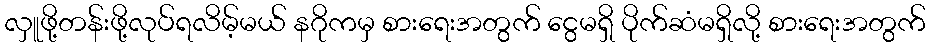
လှူဖို့တန်းဖို့လုပ်ရလိမ့်မယ် နဂိုကမှ စားရေးအတွက် ငွေမရှိ ပိုက်ဆံမရှိလို့ စားရေးအတွက်